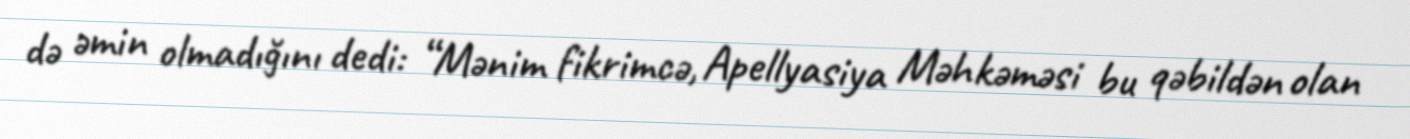
də əmin olmadığını dedi: “Mənim fikrimcə, Apellyasiya Məhkəməsi bu qəbildən olan